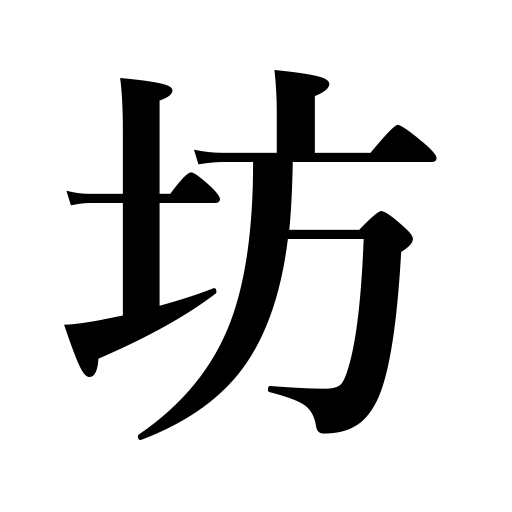
Meanings: priest's residence,boy,Buddhist priest